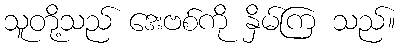
သူတို့သည် ဒေးဗစ်ကို နှိမ်ကြ သည်။